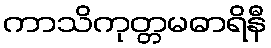
ကာသိကုတ္တမဓာရိနီ